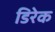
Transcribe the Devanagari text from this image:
डिरेक